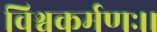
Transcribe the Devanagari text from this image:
विश्वकर्मणः।।